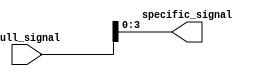
module part_select_assign(
    input [7:0] full_signal,
    output [3:0] specific_signal
);

assign specific_signal = full_signal[3:0]; // Assigning bits 3 to 0 from full_signal to specific_signal

endmodule